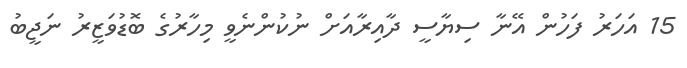
15 އަހަރު ފަހުން އޭނާ ސިޔާސީ ދާއިރާއަށް ނުކުންނެވީ މިހާރުގެ ބޮޑުވަޒީރު ނަޖީބު